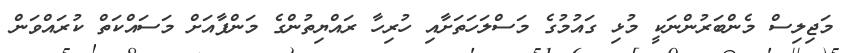
މަޖިލިސް މެންބަރުންނަކީ މުޅި ގައުމުގެ މަސްލަހަތަށާއި ހުރިހާ ރައްޔިތުންގެ މަންފާއަށް މަސައްކަތް ކުރައްވަން